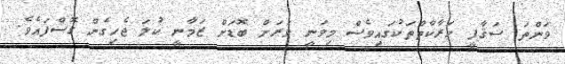
ވަންތަ ސަޤާފީ ހަރާކާތްތަކުގައިވެސް މިވަނީ ވަރަށް ބޮޑަށް ޒަމާނީ ކުލަ ޖެހިގެން ގޮސްފައެވެ.